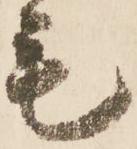
毛